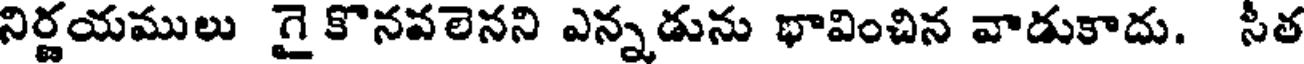
నిర్ణయములు గై కొనవలెనని ఎన్నడును భావించిన వాడుకాదు. సీత